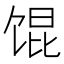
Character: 馄